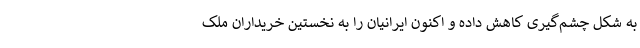
به شکل چشم‌گیری کاهش داده و اکنون ایرانیان را به نخستین خریداران ملک